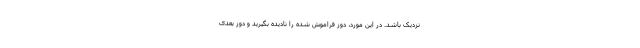
نزدیک باشد. در این مورد، دوز فراموش شده را نادیده بگیرید و دوز بعدی